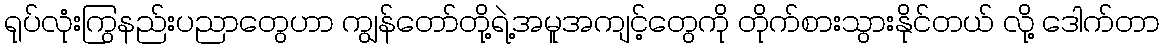
ရုပ်လုံးကြွနည်းပညာတွေဟာ ကျွန်တော်တို့ရဲ့အမူအကျင့်တွေကို တိုက်စားသွားနိုင်တယ် လို့ ဒေါက်တာ